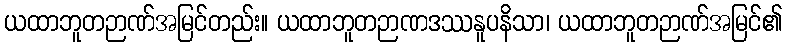
ယထာဘူတဉာဏ်အမြင်တည်း။ ယထာဘူတဉာဏဒဿနူပနိသာ၊ ယထာဘူတဉာဏ်အမြင်၏